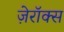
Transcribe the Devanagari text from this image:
ज़ेरॉक्स